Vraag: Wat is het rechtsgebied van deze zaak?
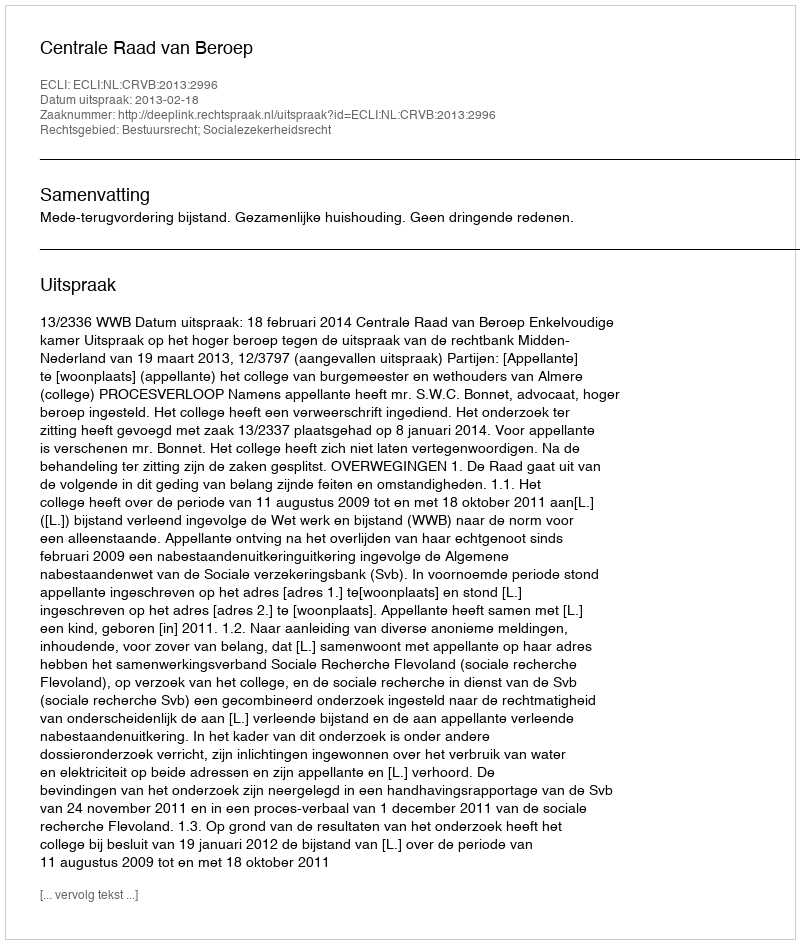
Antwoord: Bestuursrecht; Socialezekerheidsrecht